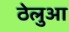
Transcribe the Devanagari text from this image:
ठेलुआ